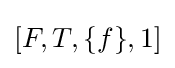
[F,T,\{f\},1]